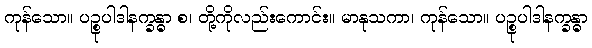
ကုန်သော။ ပဉ္စုပါဒါနက္ခန္ဓာ စ၊ တို့ကိုလည်းကောင်း။ မာနုသကာ၊ ကုန်သော။ ပဉ္စုပါဒါနက္ခန္ဓာ